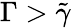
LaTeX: \Gamma>\tilde{\gamma}